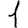
Digit: 1